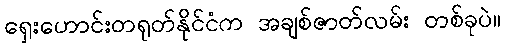
ရှေးဟောင်းတရုတ်နိုင်ငံက အချစ်ဇာတ်လမ်း တစ်ခုပဲ။